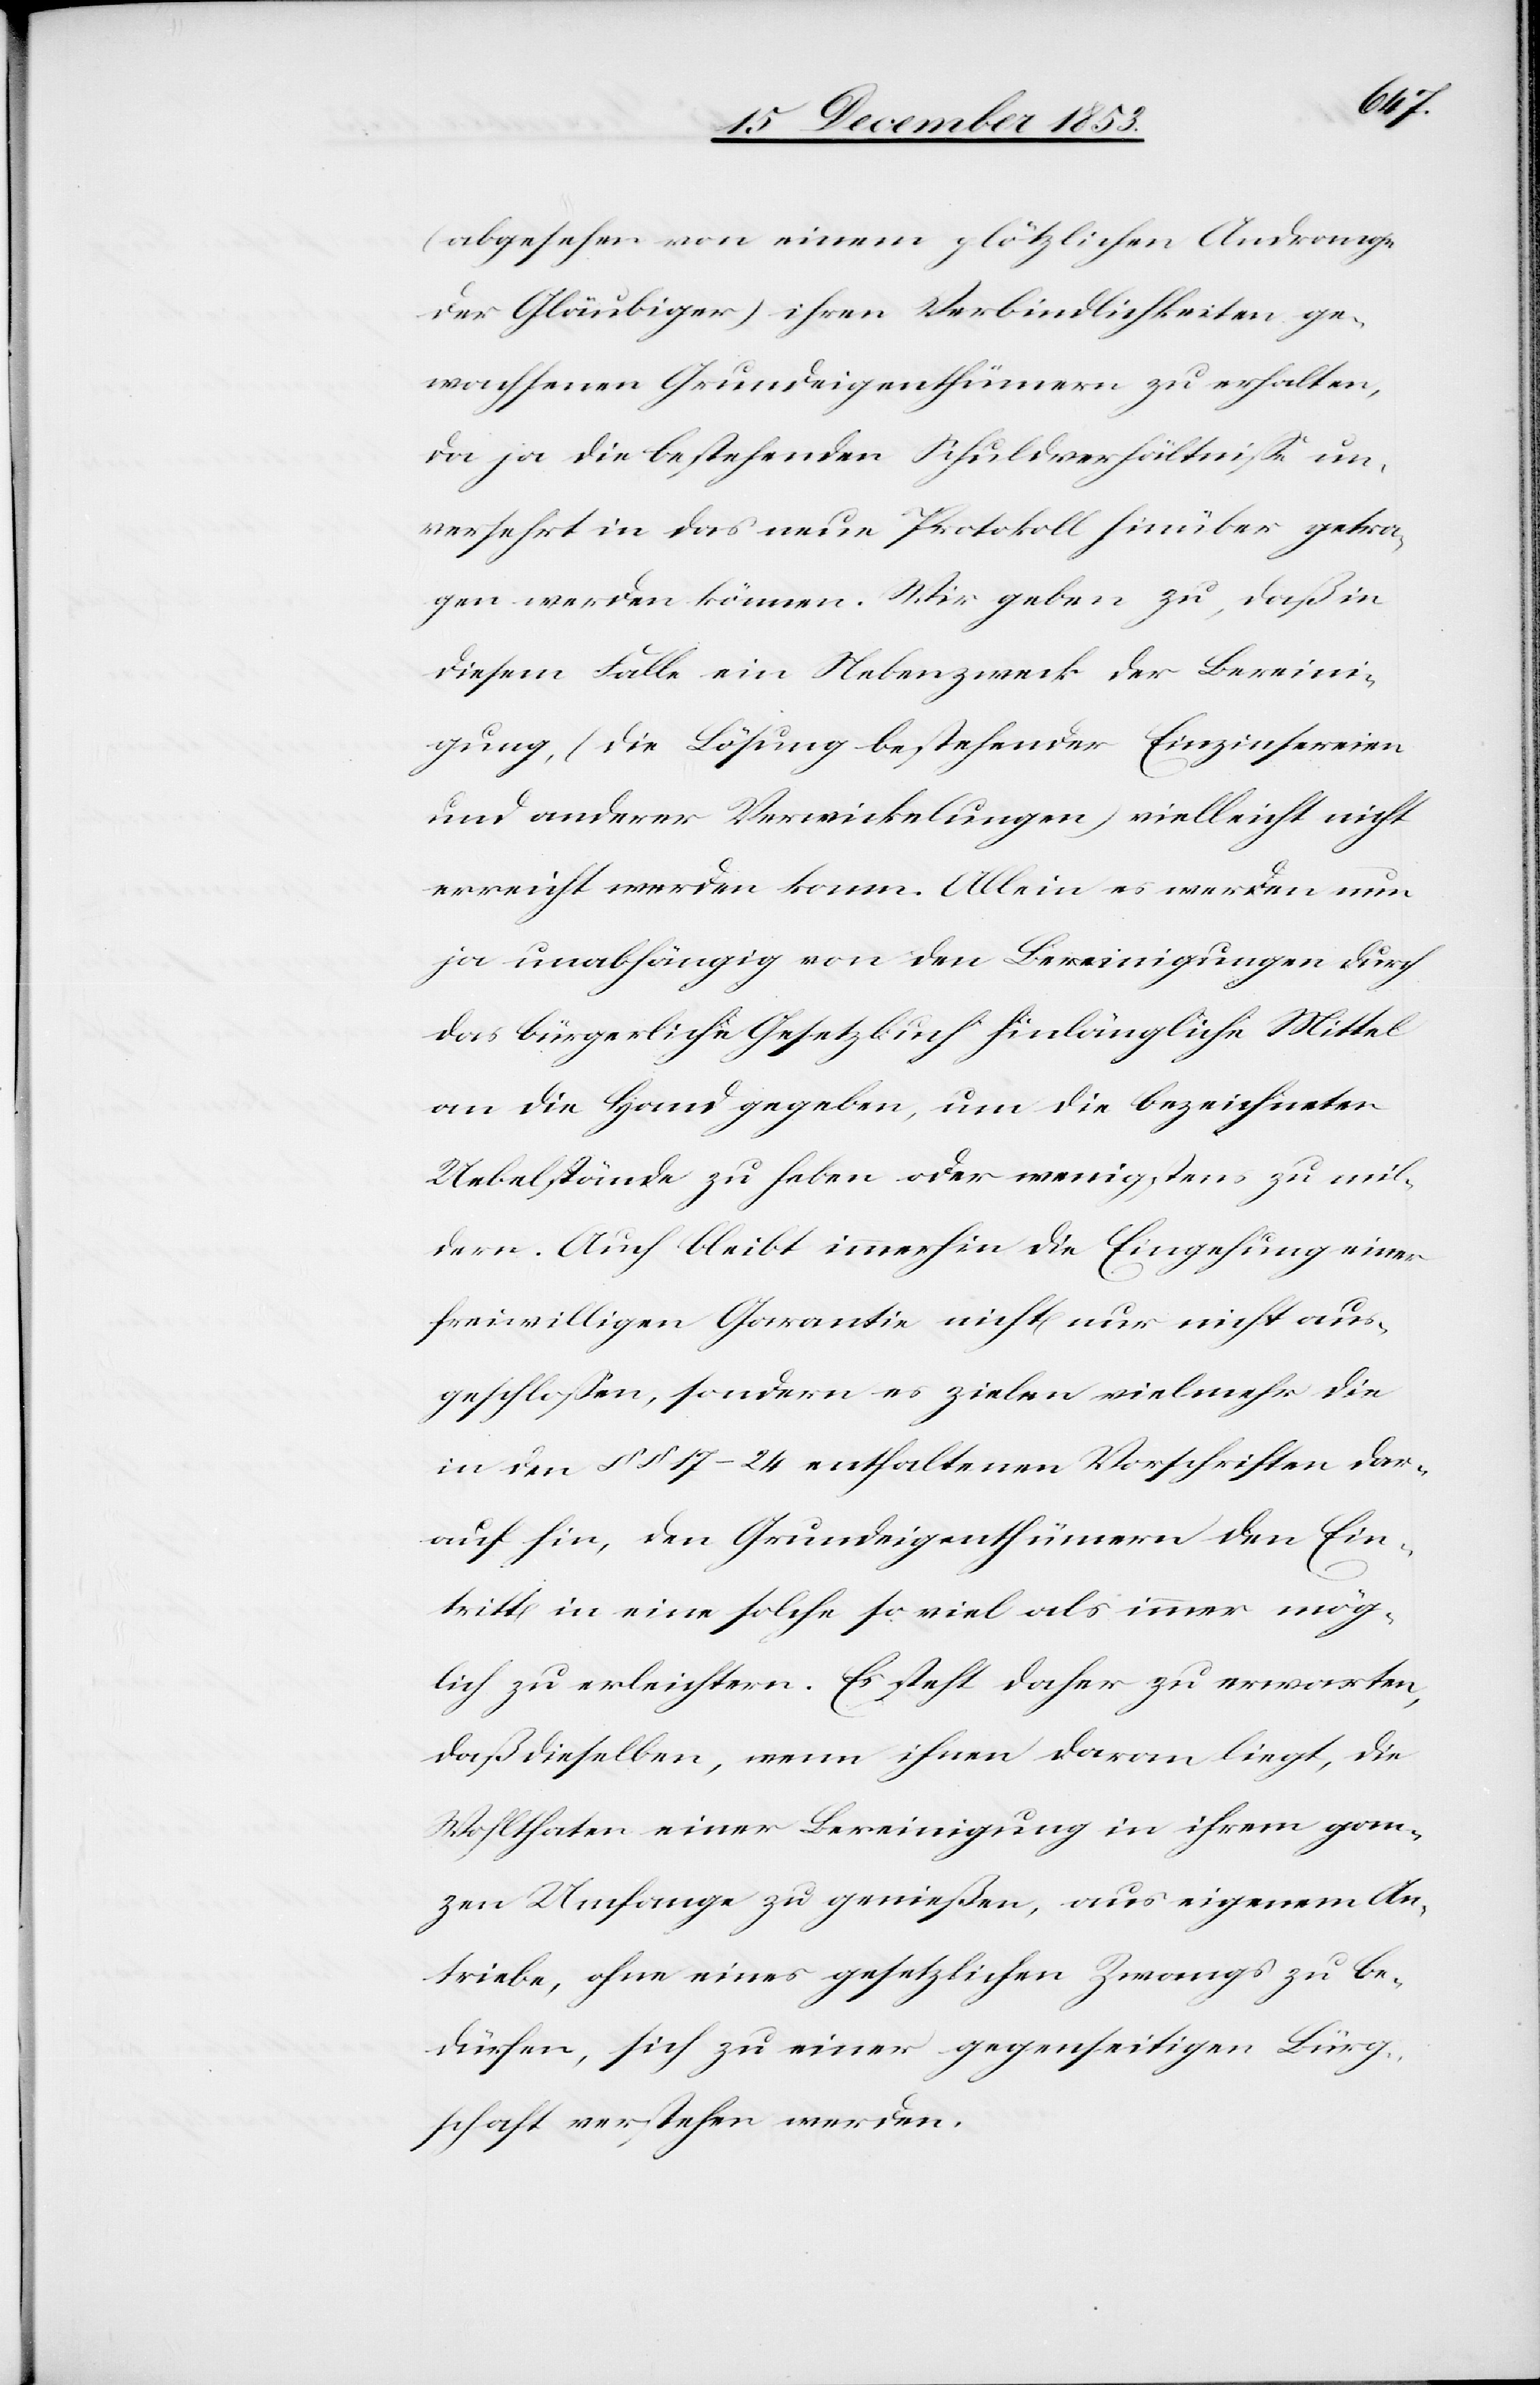
(abgesehen von einem plötzlichen Andrange
der Gläubiger) ihren Verbindlichkeiten ge¬
wachsenen Grundeigenthümern zu erhalten,
da ja die bestehenden Schuldnerverhältniße un¬
versehrt in das neue Protokoll hinüber getra¬
gen werden können. Wir geben zu, daß in
diesem Falle ein Nebenzweck der Bereini¬
gung, (die Lösung bestehender Einszinsereien
und anderer Verwickelungen) vielleicht nicht
erreicht werden kann. Allein es werden nun
ja unabhängig von den Bereinigungen durch
das bürgerliche Gesetzbuch hinlängliche Mittel
an die Hand gegeben, um die bezeichneten
Uebelstände zu heben oder wenigstens zu mil¬
dern. Auch bleibt immerhin die Eingehung einer
freiwilligen Garantie nicht nur ausgeschloßen,
in den §§ 17–24 enthaltenen Vorschriften dar¬
auf hin, den Grundeigenthümern den Ein¬
tritt in eine solche so viel als immer mög¬
lich zu erleichtern. Es steht daher zu erwarten,
daß dieselben, wenn ihnen daran liegt, die
Wohlthaten einer Bereinigung in ihrem gan¬
zen Umfange zu genießen, aus eigenem An¬
triebe, ohne eines gesetzlichen Zwangs zu be¬
dürfen, sich zu einer gegenseitigen Bürg¬
schaft verstehen werden.